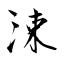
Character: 涑